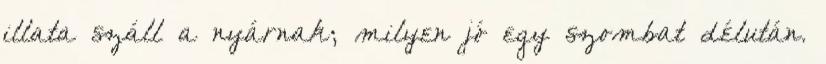
illata száll a nyárnak; milyen jó egy szombat délután.